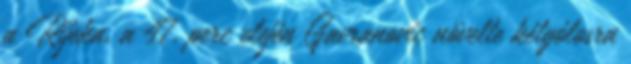
a Rijeka, a 47. perc elején Gavranovic növelte kétgólosra